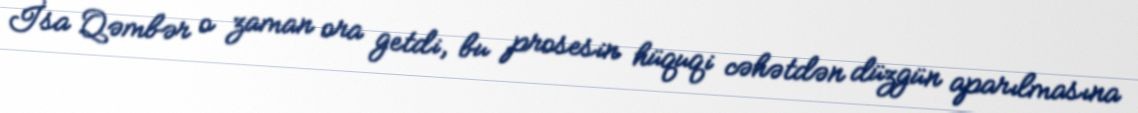
İsa Qəmbər o zaman ora getdi, bu prosesin hüquqi cəhətdən düzgün aparılmasına